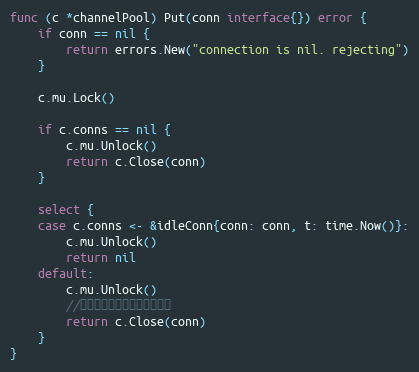
Language: Go
func (c *channelPool) Put(conn interface{}) error {
	if conn == nil {
		return errors.New("connection is nil. rejecting")
	}

	c.mu.Lock()

	if c.conns == nil {
		c.mu.Unlock()
		return c.Close(conn)
	}

	select {
	case c.conns <- &idleConn{conn: conn, t: time.Now()}:
		c.mu.Unlock()
		return nil
	default:
		c.mu.Unlock()
		//连接池已满，直接关闭该连接
		return c.Close(conn)
	}
}